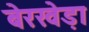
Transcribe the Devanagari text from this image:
बेरखेड़ा